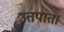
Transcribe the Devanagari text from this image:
उतपात।